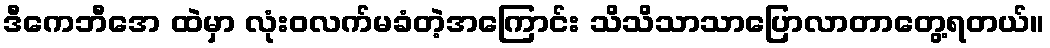
ဒီကေဘီအေ ထဲမှာ လုံးဝလက်မခံတဲ့အကြောင်း သိသိသာသာပြောလာတာတွေ့ရတယ်။